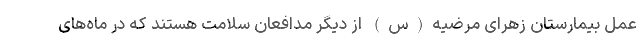
عمل بیمارستان زهرای مرضیه(س) از دیگر مدافعان سلامت هستند که در ماه‌های